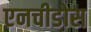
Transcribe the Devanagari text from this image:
एनचीडोस